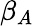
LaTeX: \beta_{A}